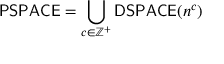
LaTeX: { \mathsf { P S P A C E } } = \bigcup _ { c \in \mathbb { Z } ^ { + } } { \mathsf { D S P A C E } } ( n ^ { c } )